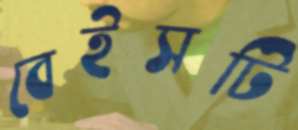
বেইসটি